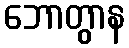
ဘောတွာန